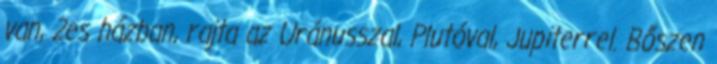
van, 2es házban, rajta az Uránusszal, Plutóval, Jupiterrel. Bőszen